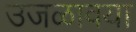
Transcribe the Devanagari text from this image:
उजळावया